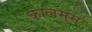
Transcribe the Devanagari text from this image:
कालमुम